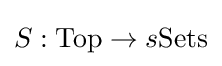
S:{\text{Top}}\to s{\text{Sets}}